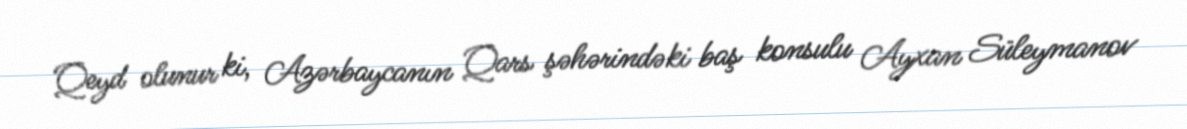
Qeyd olunur ki, Azərbaycanın Qars şəhərindəki baş konsulu Ayxan Süleymanov